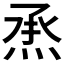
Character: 𤉋